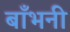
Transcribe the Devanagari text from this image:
बाँभनी